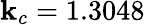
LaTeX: \mathbf{k}_{c}=1.3048